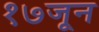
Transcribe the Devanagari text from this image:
१७जून